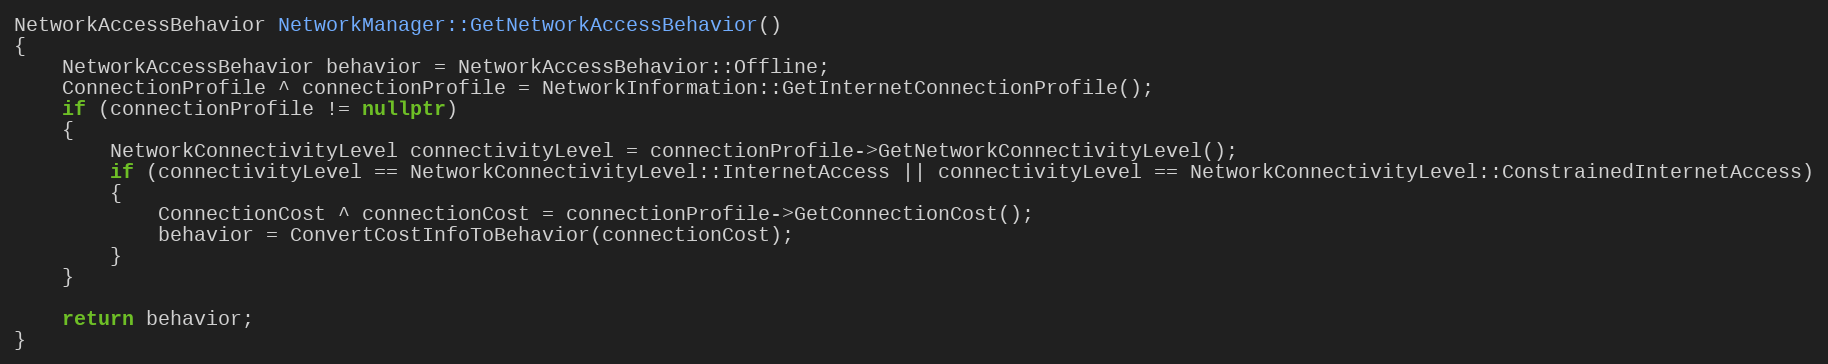
Language: C++
NetworkAccessBehavior NetworkManager::GetNetworkAccessBehavior()
{
    NetworkAccessBehavior behavior = NetworkAccessBehavior::Offline;
    ConnectionProfile ^ connectionProfile = NetworkInformation::GetInternetConnectionProfile();
    if (connectionProfile != nullptr)
    {
        NetworkConnectivityLevel connectivityLevel = connectionProfile->GetNetworkConnectivityLevel();
        if (connectivityLevel == NetworkConnectivityLevel::InternetAccess || connectivityLevel == NetworkConnectivityLevel::ConstrainedInternetAccess)
        {
            ConnectionCost ^ connectionCost = connectionProfile->GetConnectionCost();
            behavior = ConvertCostInfoToBehavior(connectionCost);
        }
    }

    return behavior;
}